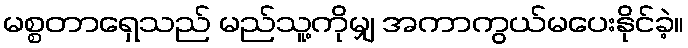
မစ္စတာရှေသည် မည်သူ့ကိုမျှ အကာကွယ်မပေးနိုင်ခဲ့။